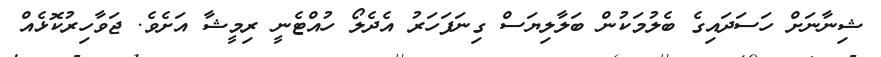
ޝިނާނަށް ހަސަދައިގެ ބެލުމަކުން ބަލާލިޔަސް ގިނަފަހަރު އެދެލޯ ހުއްޓެނީ ރިމީޝާ އަށެވެ. ޖަވާހިރުކޮޅެއް